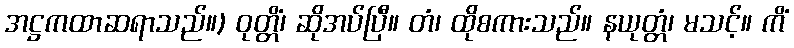
အဋ္ဌကထာဆရာသည်။) ဝုတ္တိံ၊ ဆိုအပ်ပြီ။ တံ၊ ထိုစကားသည်။ နယုတ္တံ၊ မသင့်။ ကိံ